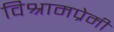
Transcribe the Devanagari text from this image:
विश्रामप्रेमी